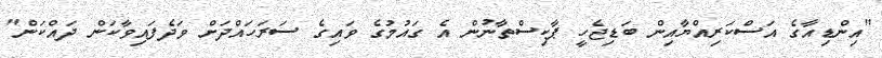
"އިންޑިއާގެ އަސްކަރިއްޔާއިން ބަޑިޖެހީ ޕާކިސްތާނުން އެ ގަައުމުގެ ވައިގެ ސަރަހައްދަށް ވަދެފައިވާކަން ދައްކަން"